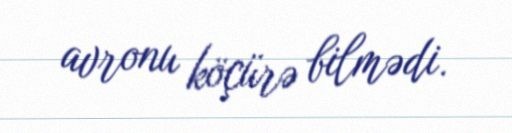
avronu köçürə bilmədi.